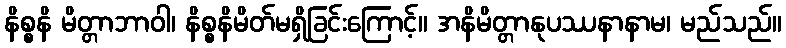
နိစ္စနိ မိတ္တာဘာဝါ၊ နိစ္စနိမိတ်မရှိခြင်းကြောင့်။ အနိမိတ္တာနုပဿနာနာမ၊ မည်သည်။